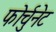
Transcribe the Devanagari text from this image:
फोर्चुनेट